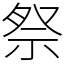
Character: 祭